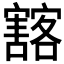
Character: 𡫲